Annual report of the Camel Specialist
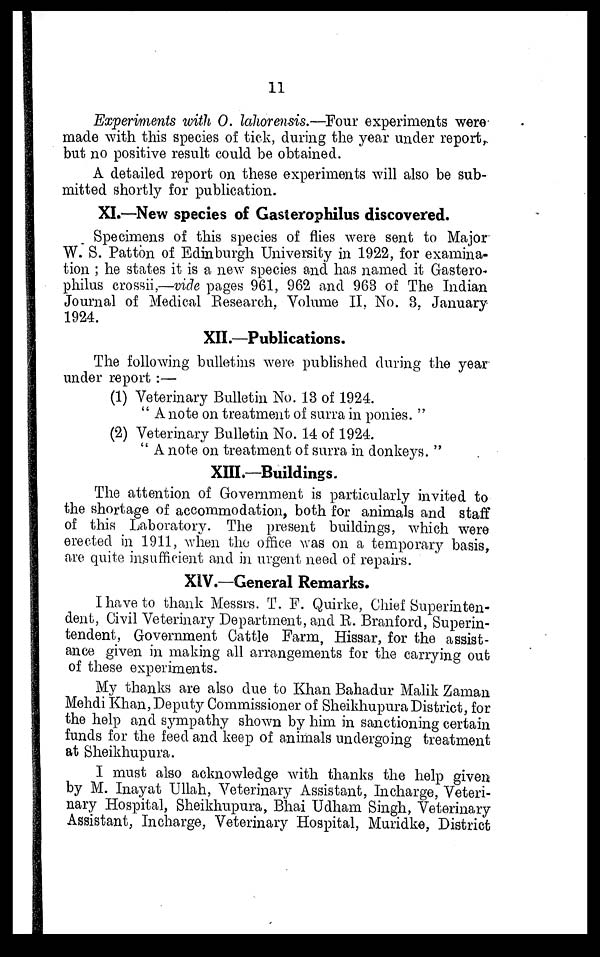
11
Experiments with O. lahorensis.—Four experiments were
made with this species of tick, during the year under report,
but no positive result could be obtained.
A detailed report on these experiments will also be sub-
mitted shortly for publication.
XI.—New species of Gasterophilus discovered.
Specimens of this species of flies were sent to Major
W. S. Patton of Edinburgh University in 1922, for examina-
tion ; he states it is a new species and has named it Gastero-
philus crossii,—vide pages 961, 962 and 963 of The Indian
Journal of Medical Research, Volume II, No. 3. January
1924.
XII.—Publications.
The following bulletins were published during the year
under report :—
(1) Veterinary Bulletin No. 13 of 1924.
"A note on treatment of surra in ponies."
(2) Veterinary Bulletin No. 14 of 1924.
"A note on treatment of surra in donkeys."
XIII.—Buildings.
The attention of Government is particularly invited to
the shortage of accommodation, both for animals and staff
of this Laboratory. The present buildings, which were
erected in 1911, when the office was on a temporary basis,
are quite insufficient and in urgent need of repairs.
XIV.—General Remarks.
I have to thank Messrs. T. F. Quirke, Chief Superinten-
dent, Civil Veterinary Department, and R. Branford, Superin-
tendent, Government Cattle Farm, Hissar, for the assist-
ance given in making all arrangements for the carrying out
of these experiments.
My thanks are also due to Khan Bahadur Malik Zaman
Mehdi Khan, Deputy Commissioner of Sheikhupura District, for
the help and sympathy shown by him in sanctioning certain
funds for the feed and keep of animals undergoing treatment
at Sheikhupura.
I must also acknowledge with thanks the help given
by M. Inayat Ullah, Veterinary Assistant, Incharge, Veteri-
nary Hospital, Sheikhupura, Bhai Udham Singh, Veterinary
Assistant, Incharge, Veterinary Hospital, Muridke, District